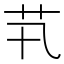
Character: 䒖